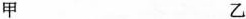
甲 乙